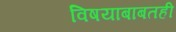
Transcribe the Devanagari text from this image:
विषयाबाबतही